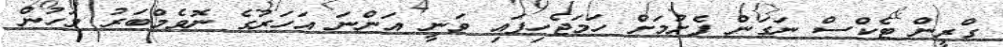
ގްރީން ޓެކްސް ނަގަން ފެށުމަށް ހަމަޖެހިފައި ވަނީ އަންނަ އަހަރުގެ ނޮވެމްބަރު މަހުން